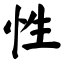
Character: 性